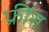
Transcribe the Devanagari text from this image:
फ्रींस